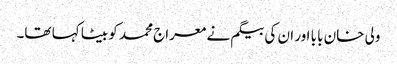
ولی خان بابا اور ان کی بیگم نے معراج محمد کو بیٹا کہا تھا۔